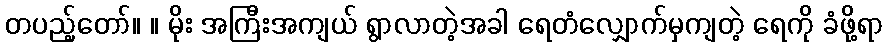
တပည့်တော်။ ။ မိုး အကြီးအကျယ် ရွာလာတဲ့အခါ ရေတံလျှောက်မှကျတဲ့ ရေကို ခံဖို့ရာ